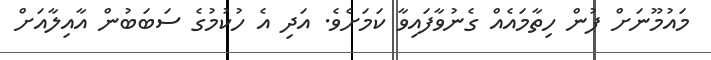
މައުމޫނަށް ފުން ހިތާމައެއް ގެނުވާފައިވާ ކަމަށެވެ. އަދި އެ ހުކުމުގެ ސަބަބުން އާއިލާއަށް